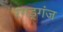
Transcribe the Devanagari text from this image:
रगड्गंज